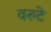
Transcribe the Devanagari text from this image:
वरुटे